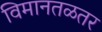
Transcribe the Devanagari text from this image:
विमानतळतर